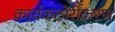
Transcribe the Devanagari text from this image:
कार्यकठोरीकरण